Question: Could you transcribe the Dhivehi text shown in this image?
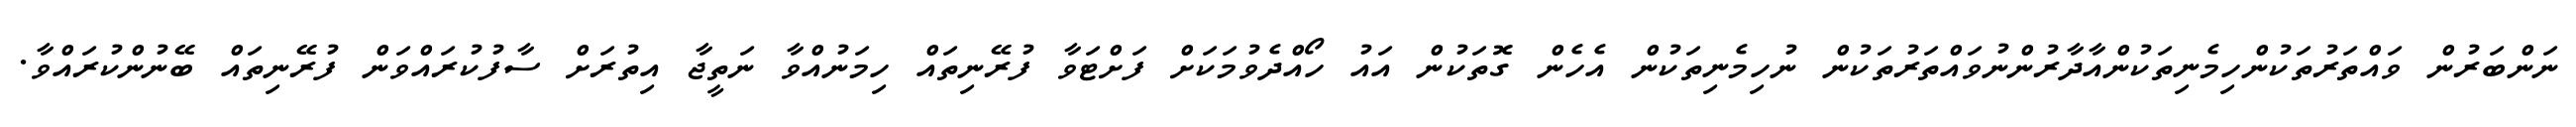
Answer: ނަންބަރުން ވައްތަރުތަކުންހިމެނިތަކުންއާދާރުންނުވައްތަރުތަކުން ނުހިމެނިތަކުން އެހެން ގޮތަކުން އައު ހޯއްދެވުމަކަށް ފަށްޓަވާ ފުރޭނިތައް ހިމަނުއްވާ ނަތީޖާ އިތުރަށް ސާފުކުރައްވަން ފުރޭނިތައް ބޭނުންކުރައްވާ.